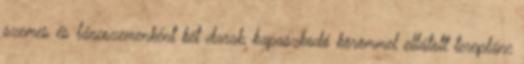
szemes és láncszemenként két darab kapaszkodó körömmel ellátott tereplánc